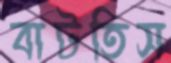
বাটতিস